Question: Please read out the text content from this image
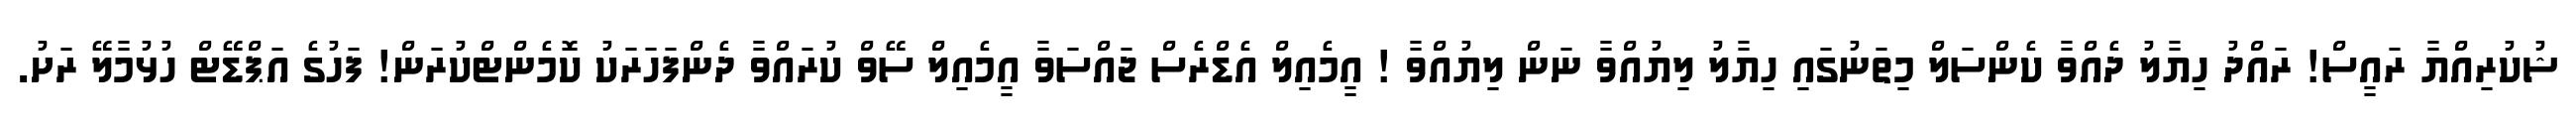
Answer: ޝުކުރިއްޔާ ރައީސް! ރައްދު ހިޔާލު ދެއްވާ ކެންސަލް މިތަނުގައި ހިޔާލު ލިޔުއްވާ ނަން ލިޔުއްވާ ! އީމެއިލް އެޑްރެސް ޖައްސަވާ އީމެއިލް ސޭވް ކުރައްވާ ދެންފަހަރަކު ކޮމެންޓްކުރަން! ފަހުގެ އަޕްޑޭޓް ހުޅުމާލޭ ރަށު.